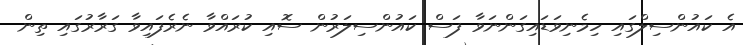
އެ ކައުންސިލްގައި ހިމެނިވަޑައިގަންނަވާ ފަސް ކައުންސިލަރުން ސޮއި ކުރައްވާ ނެރެފައިވާ ގަރާރުގައި ތިން